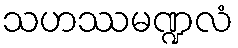
သဟဿမဏ္ဍလံ